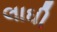
લાઘી